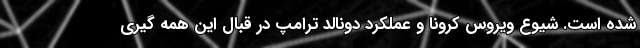
شده است. شیوع ویروس کرونا و عملکرد دونالد ترامپ در قبال این همه گیری